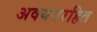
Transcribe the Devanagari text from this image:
अवयवरहित